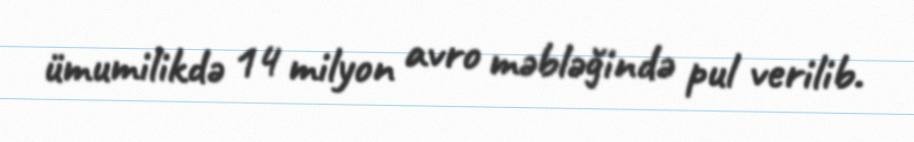
ümumilikdə 14 milyon avro məbləğində pul verilib.